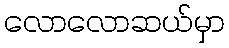
လောလောဆယ်မှာ